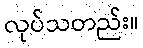
လုပ်သတည်း။